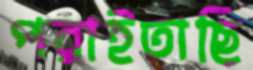
পরাইতাছি